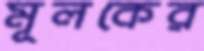
মূলকের